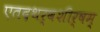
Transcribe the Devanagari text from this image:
एतदथर्वशीर्षम्‌